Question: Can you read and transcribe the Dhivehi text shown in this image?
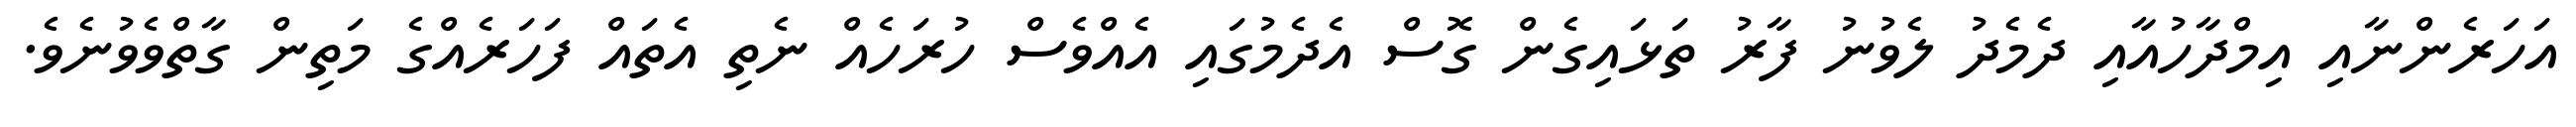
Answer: އަހަރެންނާއި އިމްދާހުއާއި ދެމެދު ލެވުނު ފާރު ތަޅައިގެން ގޮސް އެދެމުގައި އެއްވެސް ހުރަހެއް ނެތި އެތައް ފަހަރެއްގެ މަތިން ގާތްވެވުނެވެ.